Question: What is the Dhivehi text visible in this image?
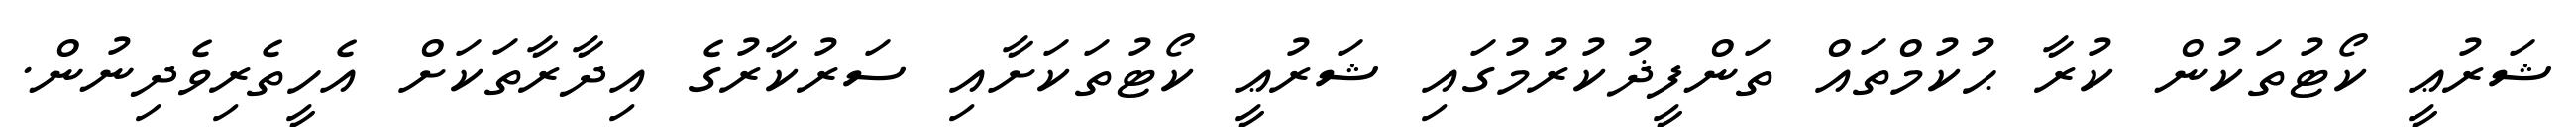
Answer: ޝަރުޢީ ކޯޓުތަކުން ކުރާ ޙުކުމްތައް ތަންފީޛުކުރުމުގައި ޝަރުޢީ ކޯޓުތަކަށާއި ސަރުކާރުގެ އިދާރާތަކަށް އެހީތެރިވެދިނުން.